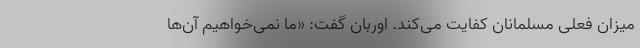
میزان فعلی مسلمانان کفایت می‌کند. اوربان گفت: «ما نمی‌خواهیم آن‌ها